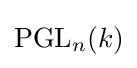
\operatorname {PGL} _{n}(k)